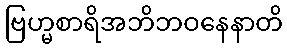
ဗြဟ္မစာရိအဘိဘဝနေနာတိ